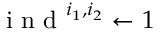
\mathrm { ~ i ~ n ~ d ~ } ^ { i _ { 1 } , i _ { 2 } } \gets 1